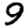
Digit: 9